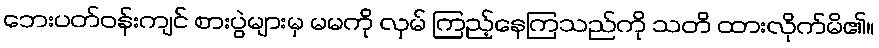
ဘေးပတ်ဝန်းကျင် စားပွဲများမှ မမကို လှမ် ကြည့်နေကြသည်ကို သတိ ထားလိုက်မိ၏။